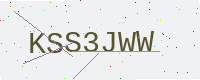
Text: KSS3JWW